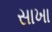
સાખા